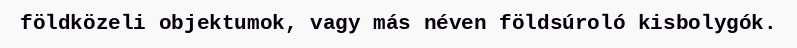
földközeli objektumok, vagy más néven földsúroló kisbolygók.